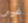
غير